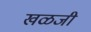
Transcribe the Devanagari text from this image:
खळजी